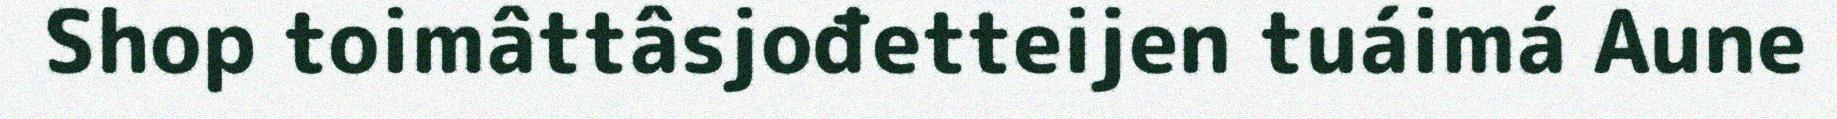
Shop toimâttâsjođetteijen tuáimá Aune